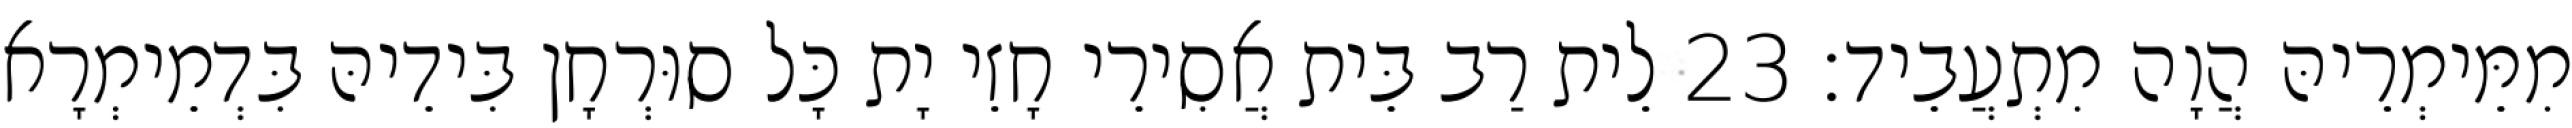
מִמֵּימְרֵיהּ הֲוָה מִתְעֲבֵיד׃ 23 לֵית רַב בֵּית אֲסִירֵי חָזֵי יָת כָּל סוּרְחָן בִּידֵיהּ בִּדְמֵימְרָא